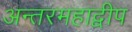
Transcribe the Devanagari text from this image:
अन्तरमहाद्वीप